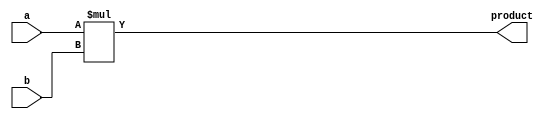
module bit4_multiplier(
    input [3:0] a,
    input [3:0] b,
    output [7:0] product
);
    assign product = a * b;
endmodule